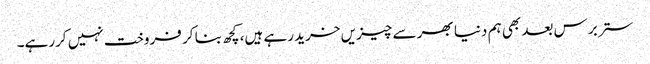
ستر برس بعد بھی ہم دنیا بھر سے چیزیں خرید رہے ہیں، کچھ بنا کر فروخت نہیں کررہے۔